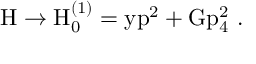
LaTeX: \mathrm { H \to H _ { 0 } ^ { ( 1 ) } = y \vec { p } ^ { 2 } + G p _ { 4 } ^ { 2 } ~ . }